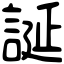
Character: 誕